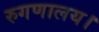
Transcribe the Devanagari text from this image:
रुगणालय।